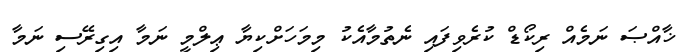
ޚާއްޞަ ނަމެއް ރިކޯޑް ކުރެވިފައި ނެތުމާއެކު މިމަހަށްކިޔާ ޢިލްމީ ނަމާ އިގިރޭސި ނަމާ